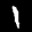
Label: 1